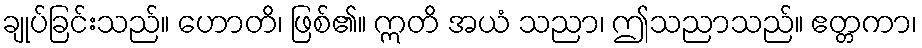
ချုပ်ခြင်းသည်။ ဟောတိ၊ ဖြစ်၏။ ဣတိ အယံ သညာ၊ ဤသညာသည်။ ဧတ္တကာ၊